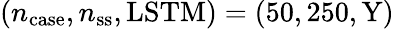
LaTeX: (n_{\mathrm{case}},n_{\mathrm{ss}},\mathrm{LSTM)=(50,250,\mathrm{{Y})}}